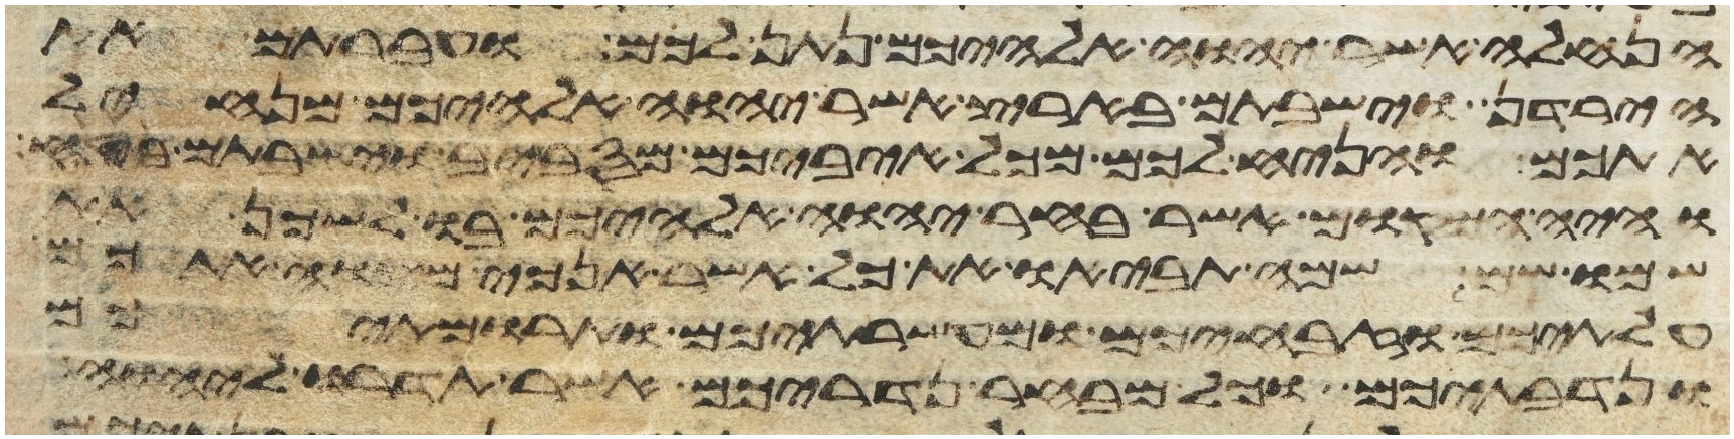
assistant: הנחלה אשר יהוה אלהיכם נתן לכם ועברתם את
הירדן וישבתם בארץ אשר יהוה אלהיכם מנחיל
אתכם והניח לכם מכל איביכם מסביב וישבתם בטח
והיה המקום אשר בחר יהוה אלהיכם בו לשכן את
שמו שם שמה תביאו את כל אשר אנכי מצוה אתכם
עלתיכם וזבחיכם ומעשרתיכם ותרומתיכם
ונדבתיכם וכל מבחר נדריכם אשר תדרו ליהוה